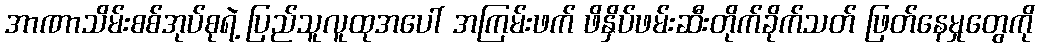
အာဏာသိမ်းစစ်အုပ်စုရဲ့ ပြည်သူလူထုအပေါ် အကြမ်းဖက် ဖိနှိပ်ဖမ်းဆီးတိုက်ခိုက်သတ် ဖြတ်နေမှုတွေကို